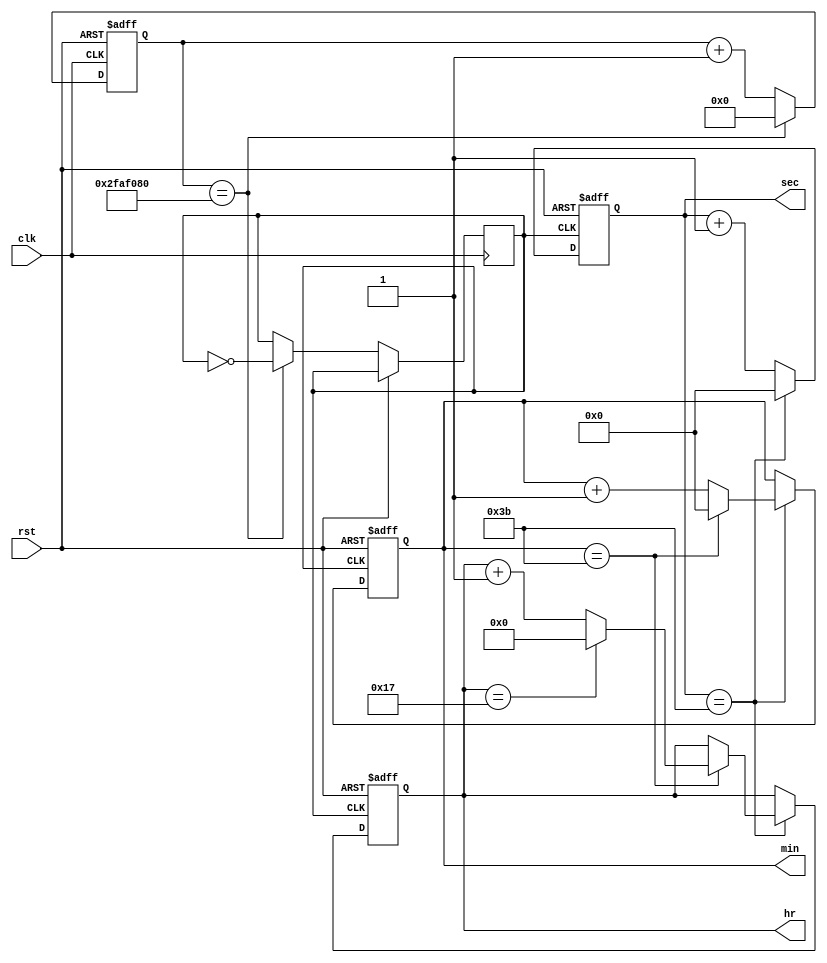
module Digital_clock(
			input clk,
			input rst,
			output reg [4:0]hr,
			output reg [5:0]min,
			output reg [5:0]sec
			);
			
			
			
			// one second clock
			reg one_sec = 0;
			reg[25:0] count =0;
			
			always @(posedge clk or posedge rst)	begin
				if (rst)	begin
								count = 0;
							end
				else begin
						if (count==50_000_000)	begin
											count = 0;
											one_sec=~one_sec;
											end
						else	begin
							count=count+1;
							end
						end
				end
			
			
			always @(posedge one_sec , posedge rst) 
			begin
				if (rst) begin 
					{hr,min,sec} = 0;
				end
				else	begin
						if(sec==59) begin
							sec=0;
							if(min==59) begin
								min = 0;
								if(hr==23) begin
									hr = 0;
								end
								else begin
									hr=hr+1;
								end
							end
							else begin
								min = min+1;
							end
						end
						else begin
							sec=sec+1;
						end
					end
			end
	
			

			endmodule